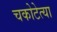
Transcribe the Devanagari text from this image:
चकोटेत्या